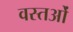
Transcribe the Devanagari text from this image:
वस्‍तओं